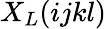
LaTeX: X_{L}(ijkl)